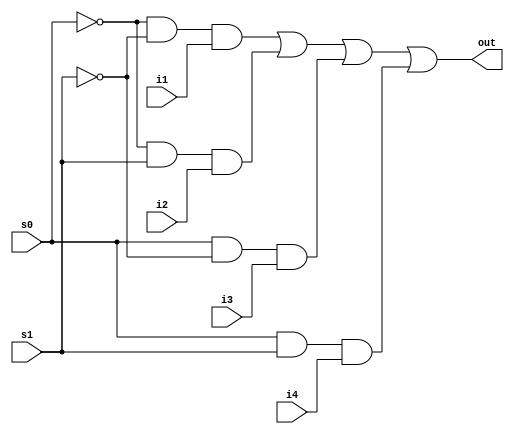
module mux41(i1,i2,i3,i4,s0,s1,out);
input i1,i2,i3,i4,s0,s1;
output out;

assign out = (~s0 & ~s1 & i1)| (~s0 & s1 & i2) | (s0 & ~s1 & i3) | (s0 & s1 & i4);

endmodule